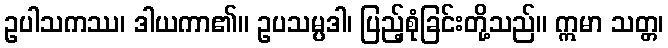
ဥပါသကဿ၊ ဒါယကာ၏။ ဥပသမ္ပဒါ၊ ပြည့်စုံခြင်းတို့သည်။ ဣမာ သတ္တ၊